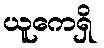
ယူကေရှိ